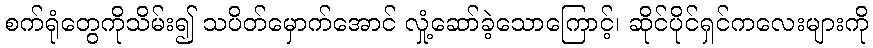
စက်ရုံတွေကိုသိမ်း၍ သပိတ်မှောက်အောင် လှုံ့ဆော်ခဲ့သောကြောင့်၊ ဆိုင်ပိုင်ရှင်ကလေးများကို